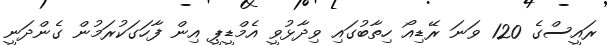
ރައީސްގެ 120 ވަނަ ރޭޑިއޯ ހިތާބުގައި ވިދާޅުވީ އެމްޑީޕީ އިން ފާހަގަކުރަމުން ގެންދަނީ